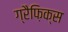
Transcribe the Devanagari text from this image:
ग्रैफ़िक्स